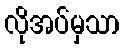
လိုအပ်မှသာ